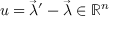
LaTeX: u = { \vec { \lambda } } ^ { \prime } - { \vec { \lambda } } \in \mathbb { R } ^ { n }